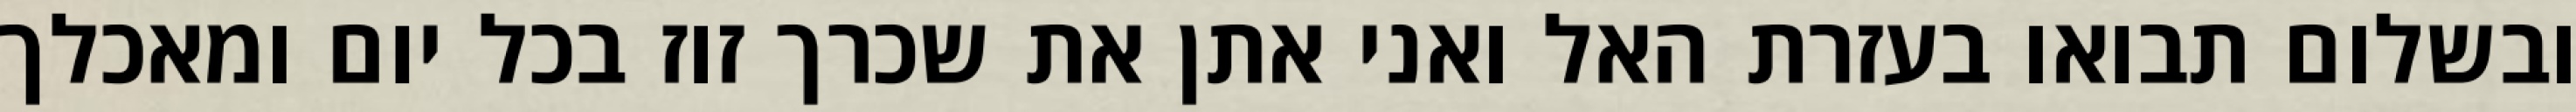
ובשלום תבואו בעזרת האל ואני אתן את שכרך זוז בכל יום ומאכלך